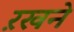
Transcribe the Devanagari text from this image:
ऱखने